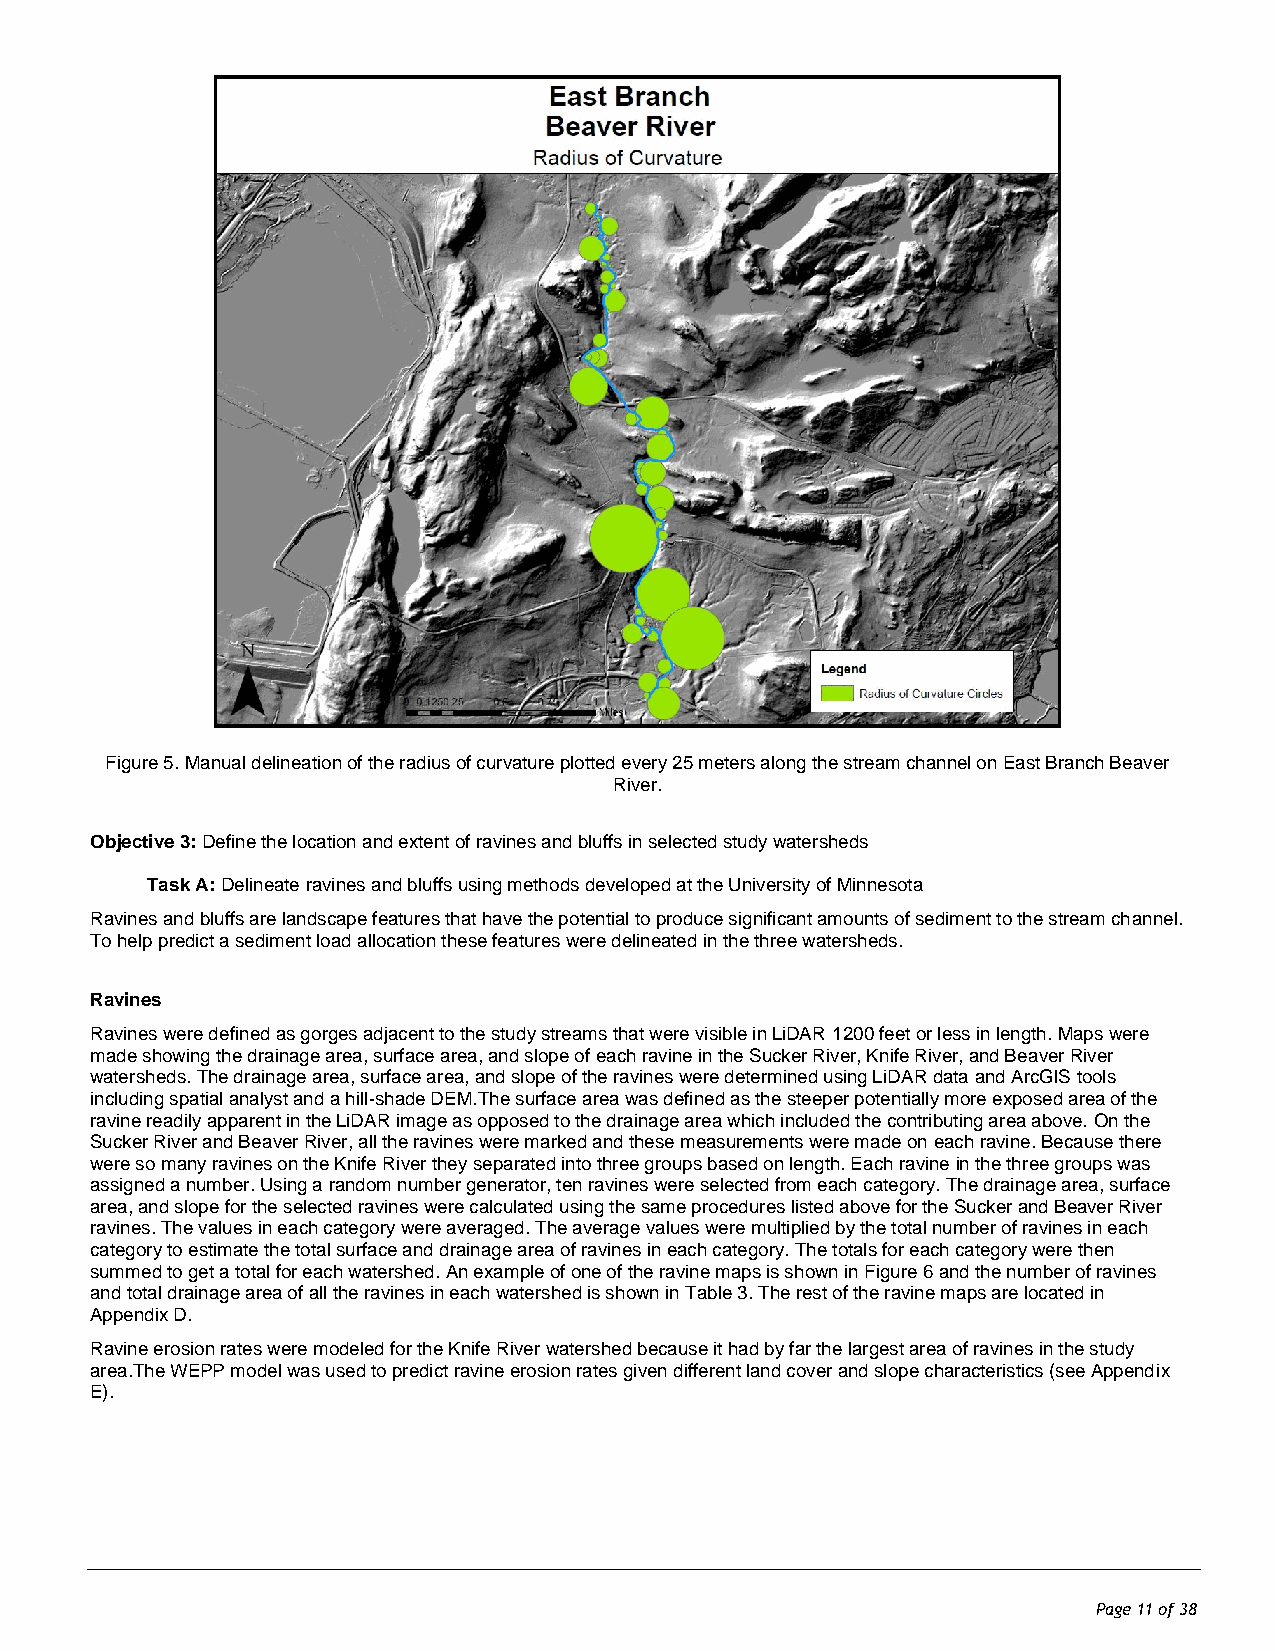
Figure 5. Manual delineation of the radius of curvature plotted every 25 meters along the stream channel on East Branch Beaver
 River.
 Objective 3: Define the location and extent of ravines and bluffs in selected study watersheds
 Task A: Delineate ravines and bluffs using methods developed at the University of Minnesota
 Ravines and bluffs are landscape features that have the potential to produce significant amounts of sediment to the stream channel.
 To help predict a sediment load allocation these features were delineated in the three watersheds.
 Ravines
 Ravines were defined as gorges adjacent to the study streams that were visible in LiDAR 1200 feet or less in length. Maps were
 made showing the drainage area, surface area, and slope of each ravine in the Sucker River, Knife River, and Beaver River
 watersheds. The drainage area, surface area, and slope of the ravines were determined using LiDAR data and ArcGIS tools
 including spatial analyst and a hill-shade DEM.The surface area was defined as the steeper potentially more exposed area of the
 ravine readily apparent in the LiDAR image as opposed to the drainage area which included the contributing area above. On the
 Sucker River and Beaver River, all the ravines were marked and these measurements were made on each ravine. Because there
 were so many ravines on the Knife River they separated into three groups based on length. Each ravine in the three groups was
 assigned a number. Using a random number generator, ten ravines were selected from each category. The drainage area, surface
 area, and slope for the selected ravines were calculated using the same procedures listed above for the Sucker and Beaver River
 ravines. The values in each category were averaged. The average values were multiplied by the total number of ravines in each
 category to estimate the total surface and drainage area of ravines in each category. The totals for each category were then
 summed to get a total for each watershed. An example of one of the ravine maps is shown in Figure 6 and the number of ravines
 and total drainage area of all the ravines in each watershed is shown in Table 3. The rest of the ravine maps are located in
 Appendix D.
 Ravine erosion rates were modeled for the Knife River watershed because it had by far the largest area of ravines in the study
 area.The WEPP model was used to predict ravine erosion rates given different land cover and slope characteristics (see Appendix
 E).
 Page 11 of 38